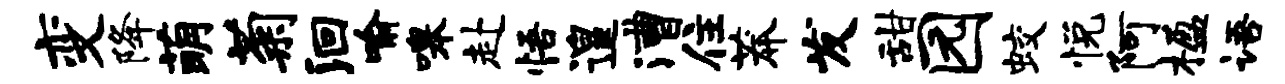
变降萌菊洄喻嗥赴悟遑漕住莽发甜园蛟悦阿楹语